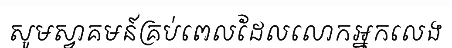
សូមស្វាគមន៍គ្រប់ពេលដែលលោកអ្នកលេង